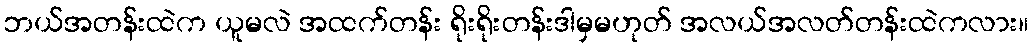
ဘယ်အတန်းထဲက ယူမလဲ အထက်တန်း ရိုးရိုးတန်းဒါမှမဟုတ် အလယ်အလတ်တန်းထဲကလား။